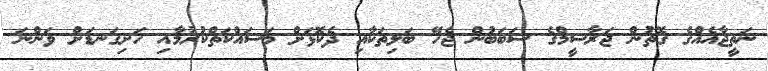
ނަތީޖާއެއްގެ ގޮތުން ޖަރާސީމްގެ ސަބަބުން ޖެހޭ ބަލިތަކާއި ދެކޮޅަށް މަސައްކަތްކުރުމާއި ހަށިގަނޑަށް ވަންނަ